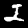
Digit: 2